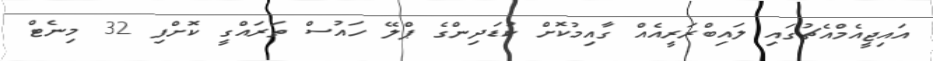
އައިޖީއެމްއެޗުގައި ލައިބްރަރީއެއް ގާއިމުކޮށް ކުޑަދިންގެ ޕްލޭ ހައުސް ތަރައްގީ ކޮށްފި 32 މިނެޓް